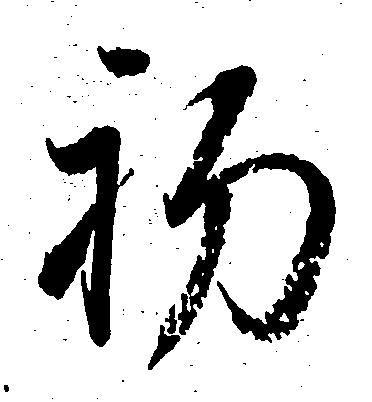
初